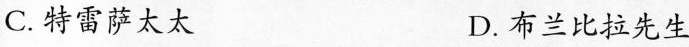
C.特雷萨太太 D.布兰比拉先生